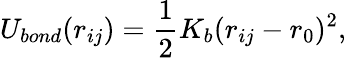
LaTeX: U_{bond}(r_{ij})=\frac{1}{2}K_{b}(r_{ij}-r_{0})^{2},